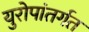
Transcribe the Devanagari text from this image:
युरोपांतर्गत